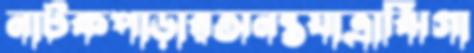
নাটকপাড়ারঅনন্তযাত্রাঝিগা